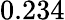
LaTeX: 0.234